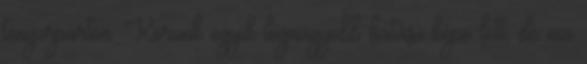
tengerparton. Korunk egyik legnagyobb hatású képe lett, de ma